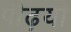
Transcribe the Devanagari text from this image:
पीढ़यों